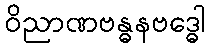
ဝိညာဏဗန္ဓနဗဒ္ဓေါ